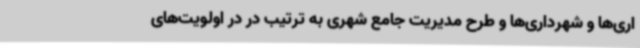
اری‌ها و شهرداری‌ها و طرح مدیریت جامع شهری به ترتیب در در اولویت‌های